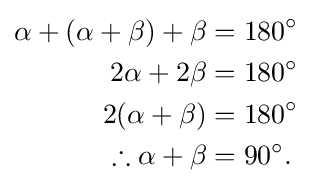
{\begin{aligned}\alpha +(\alpha +\beta )+\beta &=180^{\circ }\\2\alpha +2\beta &=180^{\circ }\\2(\alpha +\beta )&=180^{\circ }\\\therefore \alpha +\beta &=90^{\circ }.\end{aligned}}